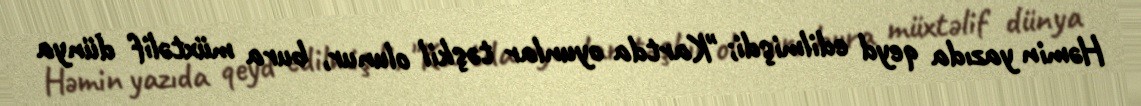
Həmin yazıda qeyd edilmişdi; "Kartda oyunlar təşkil olunur, bura müxtəlif dünya